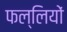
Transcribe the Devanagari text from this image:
फल्लियों